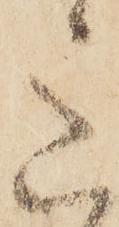
意